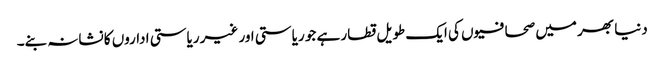
دنیا بھر میں صحافیوں کی ایک طویل قطار ہے جو ریاستی اور غیر ریاستی اداروں کا نشانہ بنے۔